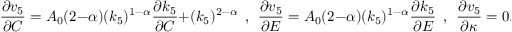
\frac { \partial v _ { 5 } } { \partial C } = A _ { 0 } ( 2 - \alpha ) ( k _ { 5 } ) ^ { 1 - \alpha } \frac { \partial k _ { 5 } } { \partial C } + ( k _ { 5 } ) ^ { 2 - \alpha } ~ ~ , ~ ~ \frac { \partial v _ { 5 } } { \partial E } = A _ { 0 } ( 2 - \alpha ) ( k _ { 5 } ) ^ { 1 - \alpha } \frac { \partial k _ { 5 } } { \partial E } ~ ~ , ~ ~ \frac { \partial v _ { 5 } } { \partial \kappa } = 0 .